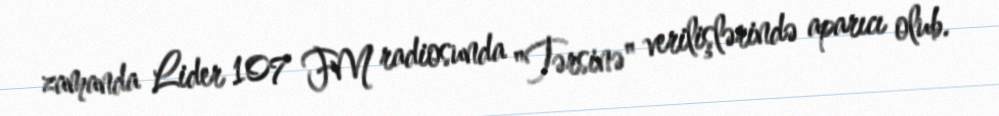
zamanda Lider 107 FM radiosunda "Tərsinə" verilişlərində aparıcı olub.